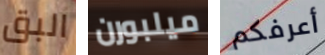
البق ميلبورن أعرفكم